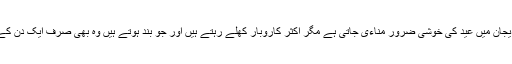
آذرباءیجان میں عید کی خوشی ضرور مناءی جاتی ہے مگر اکثر کاروبار کھلے رہتے ہیں اور جو بند ہوتے ہیں وہ بھی صرف ایک دن کے لیے۔